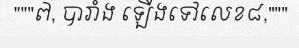
"""៧, បារាំង ឡើងទៅលេខ៨,"""